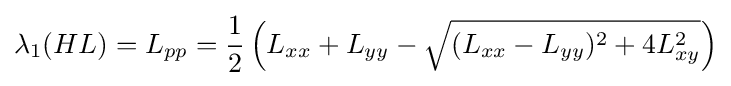
\lambda _{1}(HL)=L_{pp}={\frac {1}{2}}\left(L_{xx}+L_{yy}-{\sqrt {(L_{xx}-L_{yy})^{2}+4L_{xy}^{2}}}\right)